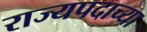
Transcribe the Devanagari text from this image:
राज्यपदाच्या